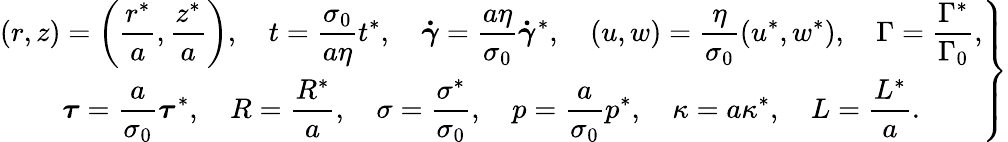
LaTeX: \left.\begin{array}{c}{\displaystyle(r,z)=\left(\frac{r^{*}}{a},\frac{z^{*}}{a}\right),\quad{t}=\frac{\sigma_{0}}{a\eta}t^{*},\quad\boldsymbol{\dot{\gamma}}=\frac{a\eta}{\sigma_{0}}\boldsymbol{\dot{\gamma}}^{*},\quad({u},{w})=\frac{\eta}{\sigma_{0}}(u^{*},w^{*}),\quad\Gamma=\frac{\Gamma^{*}}{\Gamma_{0}},}\\ {\displaystyle\boldsymbol{\tau}=\frac{a}{\sigma_{0}}\boldsymbol{\tau}^{*},\quad R=\frac{R^{*}}{a},\quad\sigma=\frac{\sigma^{*}}{\sigma_{0}},\quad p=\frac{a}{\sigma_{0}}p^{*},\quad\kappa=a\kappa^{*},\quad L=\frac{L^{*}}{a}.}\end{array}\right\}